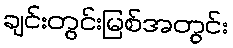
ချင်းတွင်းမြစ်အတွင်း